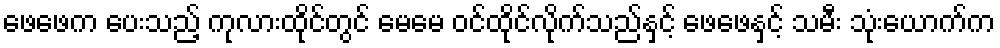
ဖေဖေက ပေးသည့် ကုလားထိုင်တွင် မေမေ ဝင်ထိုင်လိုက်သည်နှင့် ဖေဖေနှင့် သမီး သုံးယောက်က